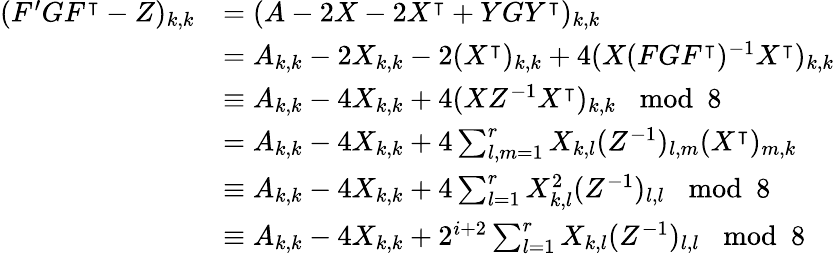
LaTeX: \begin{array}{rl}{(F^{\prime}GF^{\intercal}-Z)_{k,k}}&{=(A-2X-2X^{\intercal}+YGY^{\intercal})_{k,k}}\\ &{=A_{k,k}-2X_{k,k}-2(X^{\intercal})_{k,k}+4(X(FGF^{\intercal})^{-1}X^{\intercal})_{k,k}}\\ &{\equiv A_{k,k}-4X_{k,k}+4(XZ^{-1}X^{\intercal})_{k,k}\mod 8}\\ &{=A_{k,k}-4X_{k,k}+4\sum_{l,m=1}^{r}X_{k,l}(Z^{-1})_{l,m}(X^{\intercal})_{m,k}}\\ &{\equiv A_{k,k}-4X_{k,k}+4\sum_{l=1}^{r}X_{k,l}^{2}(Z^{-1})_{l,l}\mod 8}\\ &{\equiv A_{k,k}-4X_{k,k}+2^{i+2}\sum_{l=1}^{r}X_{k,l}(Z^{-1})_{l,l}\mod 8}\end{array}